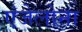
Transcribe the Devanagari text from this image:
एंजेलोना